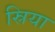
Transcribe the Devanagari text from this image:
स्रिया